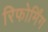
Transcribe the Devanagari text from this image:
रिफोर्मिंग